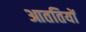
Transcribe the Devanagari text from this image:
आततियों